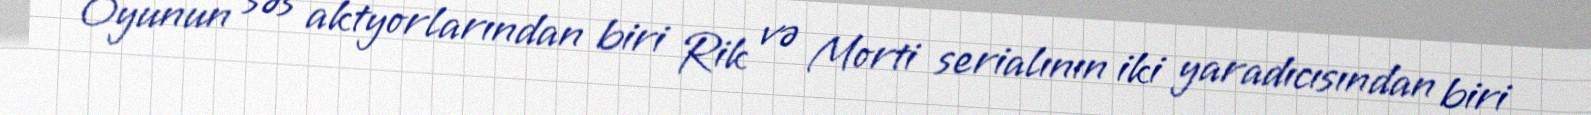
Oyunun səs aktyorlarından biri Rik və Morti serialının iki yaradıcısından biri